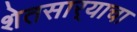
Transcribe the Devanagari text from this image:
शेतसार्‍याचा